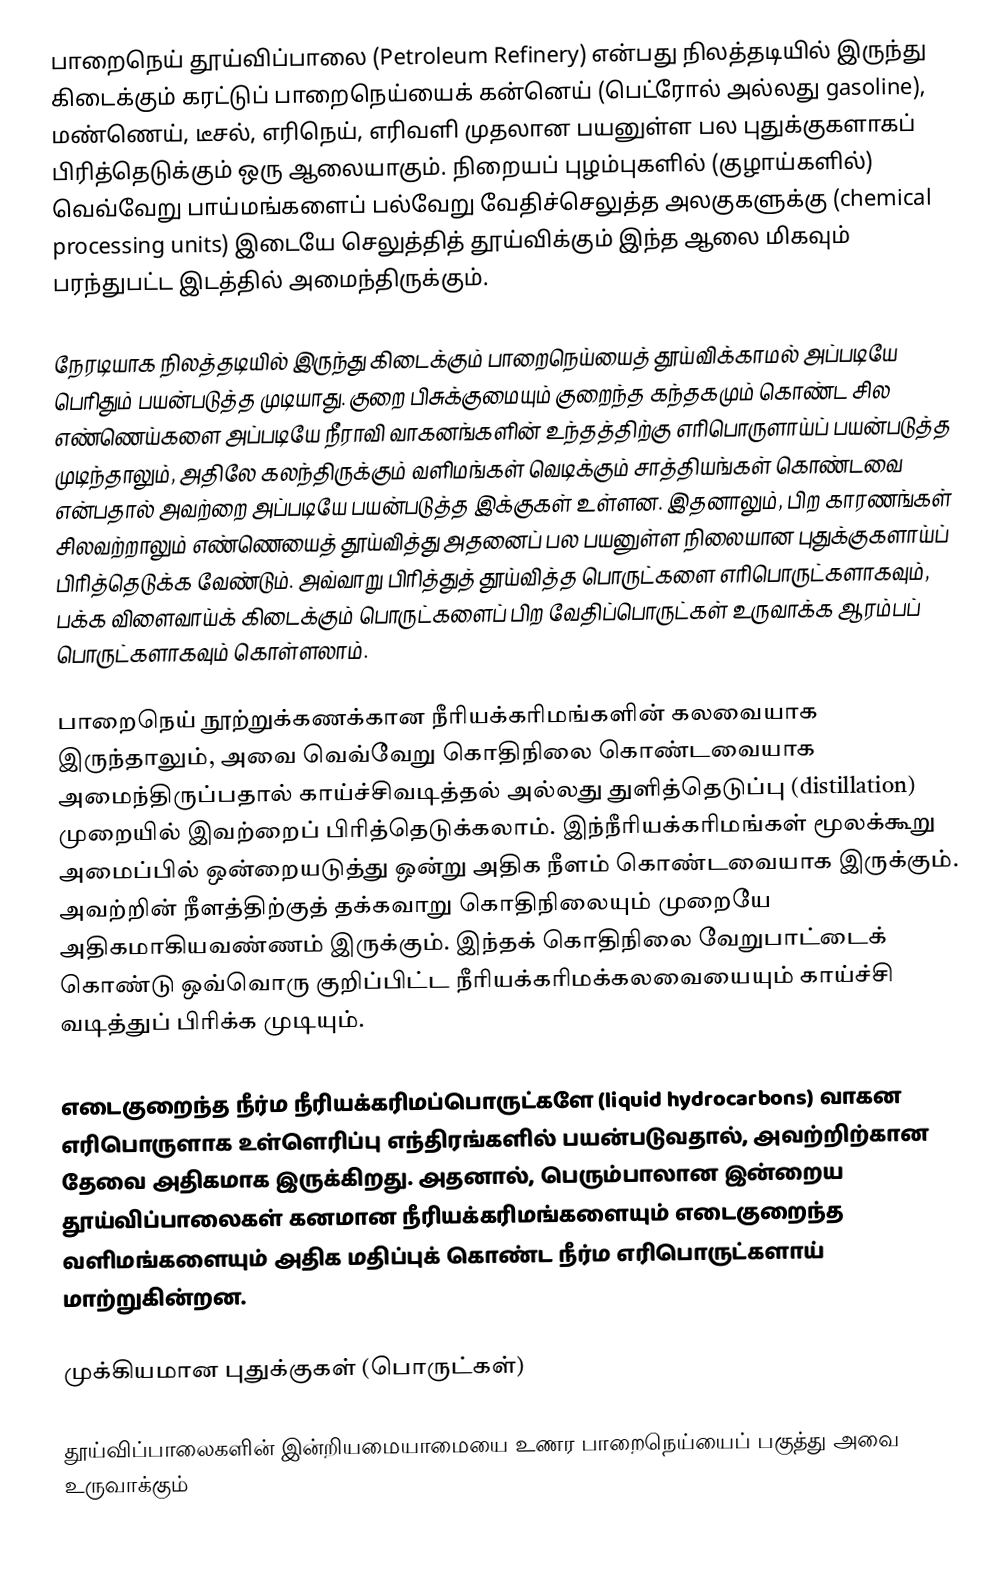
பாறைநெய் தூய்விப்பாலை (Petroleum Refinery) என்பது நிலத்தடியில் இருந்து கிடைக்கும் கரட்டுப் பாறைநெய்யைக் கன்னெய் (பெட்ரோல் அல்லது gasoline), மண்ணெய், டீசல், எரிநெய், எரிவளி முதலான பயனுள்ள பல புதுக்குகளாகப் பிரித்தெடுக்கும் ஒரு ஆலையாகும்.  நிறையப் புழம்புகளில் (குழாய்களில்) வெவ்வேறு பாய்மங்களைப் பல்வேறு வேதிச்செலுத்த அலகுகளுக்கு (chemical processing units) இடையே செலுத்தித் தூய்விக்கும் இந்த ஆலை மிகவும் பரந்துபட்ட இடத்தில் அமைந்திருக்கும்.

நேரடியாக நிலத்தடியில் இருந்து கிடைக்கும் பாறைநெய்யைத் தூய்விக்காமல் அப்படியே பெரிதும் பயன்படுத்த முடியாது. குறை பிசுக்குமையும் குறைந்த கந்தகமும் கொண்ட சில எண்ணெய்களை அப்படியே நீராவி வாகனங்களின் உந்தத்திற்கு எரிபொருளாய்ப் பயன்படுத்த முடிந்தாலும், அதிலே கலந்திருக்கும் வளிமங்கள் வெடிக்கும் சாத்தியங்கள் கொண்டவை என்பதால் அவற்றை அப்படியே பயன்படுத்த இக்குகள் உள்ளன. இதனாலும், பிற காரணங்கள் சிலவற்றாலும் எண்ணெயைத் தூய்வித்து அதனைப் பல பயனுள்ள நிலையான புதுக்குகளாய்ப் பிரித்தெடுக்க வேண்டும். அவ்வாறு பிரித்துத் தூய்வித்த பொருட்களை எரிபொருட்களாகவும், பக்க விளைவாய்க் கிடைக்கும் பொருட்களைப் பிற வேதிப்பொருட்கள் உருவாக்க ஆரம்பப் பொருட்களாகவும் கொள்ளலாம்.

பாறைநெய் நூற்றுக்கணக்கான நீரியக்கரிமங்களின் கலவையாக இருந்தாலும், அவை வெவ்வேறு கொதிநிலை கொண்டவையாக அமைந்திருப்பதால் காய்ச்சிவடித்தல் அல்லது துளித்தெடுப்பு (distillation) முறையில் இவற்றைப் பிரித்தெடுக்கலாம். இந்நீரியக்கரிமங்கள் மூலக்கூறு அமைப்பில் ஒன்றையடுத்து ஒன்று அதிக நீளம் கொண்டவையாக இருக்கும். அவற்றின் நீளத்திற்குத் தக்கவாறு கொதிநிலையும் முறையே அதிகமாகியவண்ணம் இருக்கும். இந்தக் கொதிநிலை வேறுபாட்டைக் கொண்டு ஒவ்வொரு குறிப்பிட்ட நீரியக்கரிமக்கலவையையும் காய்ச்சி வடித்துப் பிரிக்க முடியும்.

எடைகுறைந்த நீர்ம நீரியக்கரிமப்பொருட்களே (liquid hydrocarbons) வாகன எரிபொருளாக உள்ளெரிப்பு எந்திரங்களில் பயன்படுவதால், அவற்றிற்கான தேவை அதிகமாக இருக்கிறது.  அதனால், பெரும்பாலான இன்றைய தூய்விப்பாலைகள் கனமான நீரியக்கரிமங்களையும் எடைகுறைந்த வளிமங்களையும் அதிக மதிப்புக் கொண்ட நீர்ம எரிபொருட்களாய் மாற்றுகின்றன.

முக்கியமான புதுக்குகள் (பொருட்கள்)

தூய்விப்பாலைகளின் இன்றியமையாமையை உணர பாறைநெய்யைப் பகுத்து அவை உருவாக்கும்